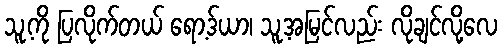
သူ့ကို ပြလိုက်တယ် ရော့ဒ်ယာ၊ သူ့အမြင်လည်း လိုချင်လို့လေ